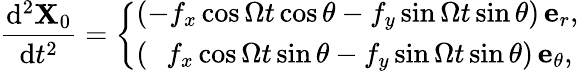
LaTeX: \frac{\mathrm{d}^{2}\mathbf{X}_{0}}{\mathrm{d}t^{2}}=\left\{ \begin{array}{ll}{\left(-f_{x}\cos{\Omega t}\cos\theta-f_{y}\sin{\Omega t}\sin\theta\right)\, \mathbf{e}_{r},}\\ {\left(\, \, \, \, f_{x}\cos{\Omega t}\sin\theta-f_{y}\sin{\Omega t}\sin\theta\right)\, \mathbf{e}_{\theta},}\end{array}\right.